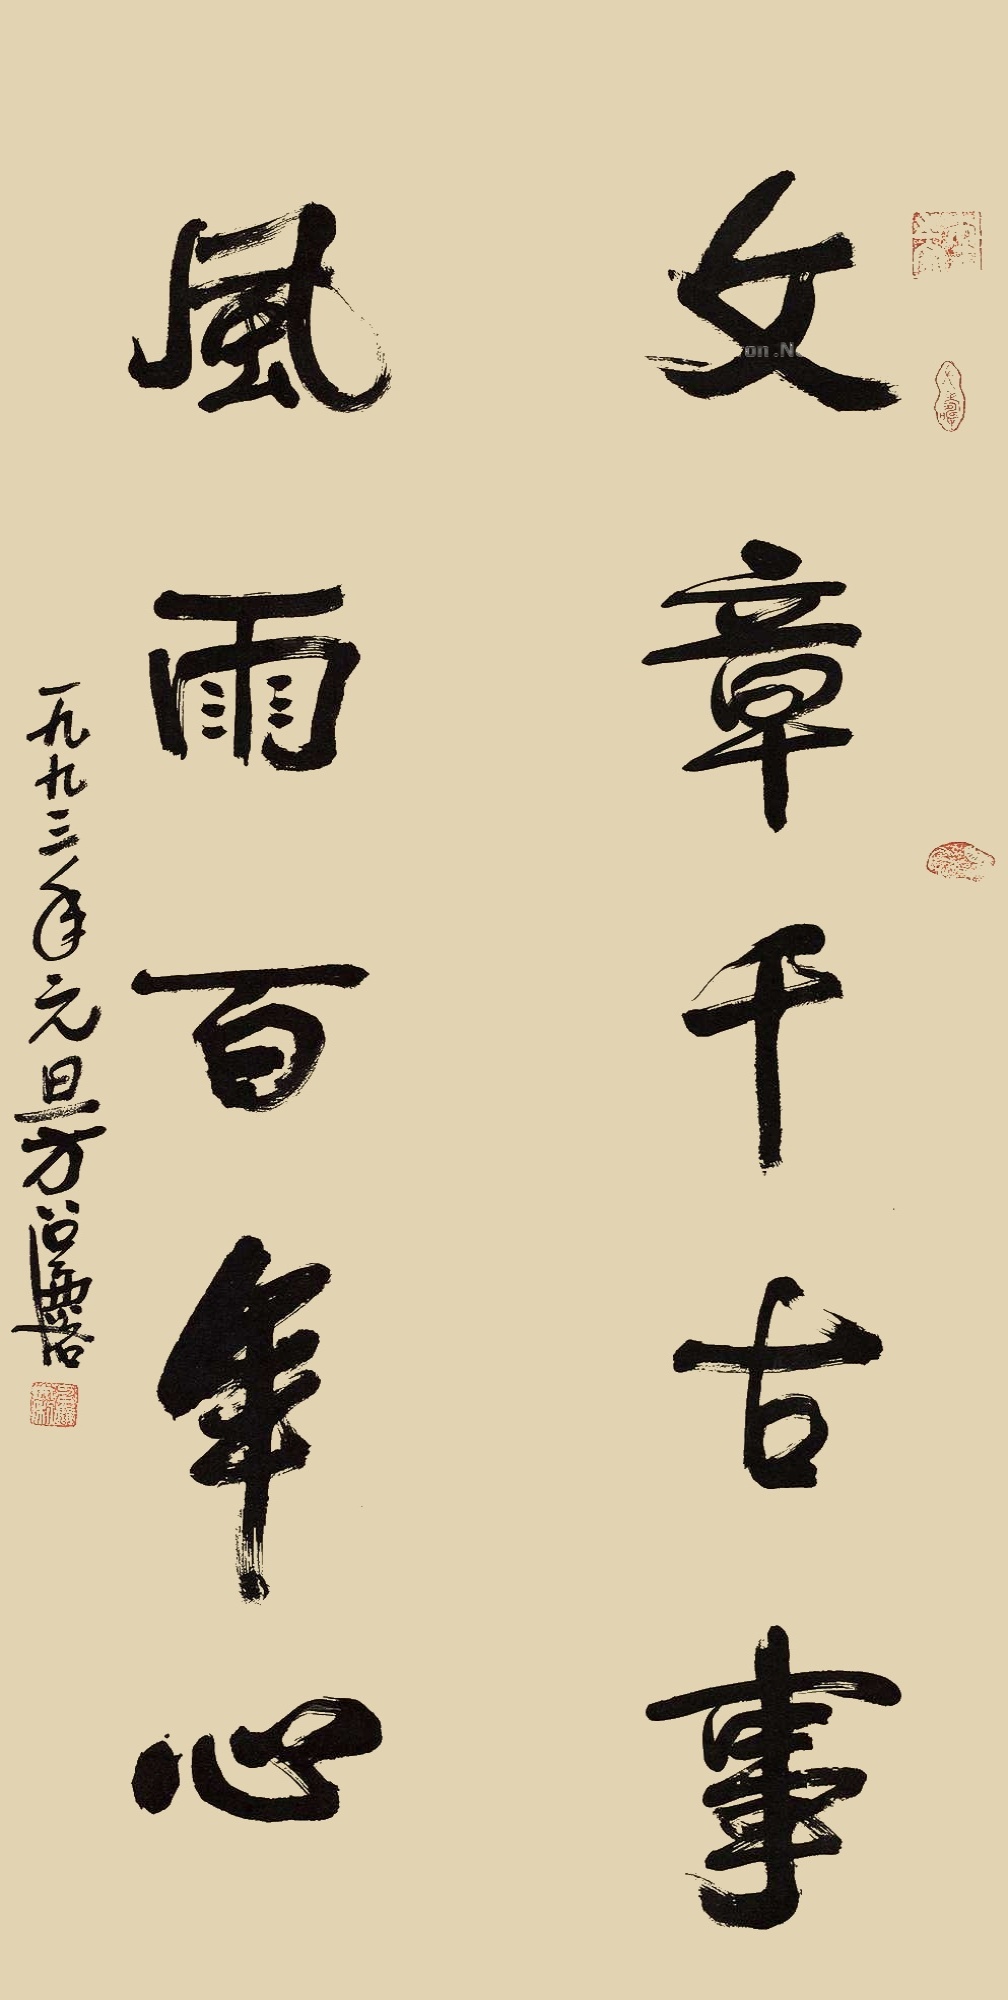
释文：文章千古事，风雨百年心。一九九三年元旦，方召麐。